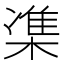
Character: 𪳙